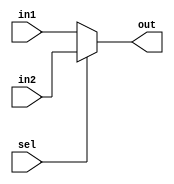
`timescale 1ns / 1ps
//////////////////////////////////////////////////////////////////////////////////
// Company: 
// Engineer: 
// 
// Design Name: 
// Module Name: Mux5
// Project Name: 
// Target Devices: 
// Tool Versions: 
// Description: 
// 
// Dependencies: 
// 
// Revision:
// Revision 0.01 - File Created
// Additional Comments:
// 
//////////////////////////////////////////////////////////////////////////////////


module Mux5(
    input [4:0] in1, in2,
    input sel,
    output reg [4:0] out
    );
    always@(*)begin
        out = (~sel)? in1: in2; 
    end
endmodule